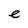
Character: e